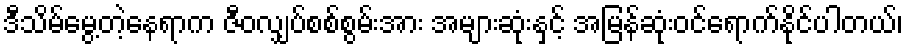
ဒီသိမ်မွေ့တဲ့နေရာက ဇီဝလျှပ်စစ်စွမ်းအား အများဆုံးနှင့် အမြန်ဆုံးဝင်ရောက်နိုင်ပါတယ်၊